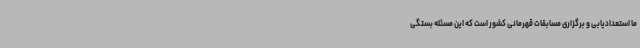
ما استعدادیابی و برگزاری مسابقات قهرمانی کشور است که این مسئله بستگی